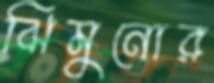
ঝিমুনোর